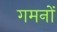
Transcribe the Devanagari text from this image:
गमनों